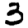
Digit: 3